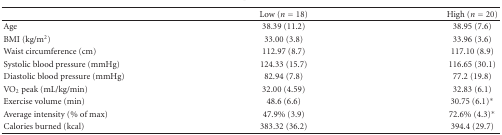
<table><thead><tr><td></td><td><b>Low (<i>n</i> = 18)</b></td><td><b>High (<i>n</i> = 20)</b></td></tr></thead><tbody><tr><td>Age</td><td>38.39 (11.2)</td><td>38.95 (7.6)</td></tr><tr><td>BMI (kg/m<sup>2</sup>)</td><td>33.00 (3.8)</td><td>33.96 (3.6)</td></tr><tr><td>Waist circumference (cm)</td><td>112.97 (8.7)</td><td>117.10 (8.9)</td></tr><tr><td>Systolic blood pressure (mmHg)</td><td>124.33 (15.7)</td><td>116.65 (30.1)</td></tr><tr><td>Diastolic blood pressure (mmHg)</td><td>82.94 (7.8)</td><td>77.2 (19.8)</td></tr><tr><td>VO<sub>2</sub> peak (mL/kg/min)</td><td>32.00 (4.59)</td><td>32.83 (6.1)</td></tr><tr><td>Exercise volume (min)</td><td>48.6 (6.6)</td><td>30.75 (6.1)*</td></tr><tr><td>Average intensity (% of max)</td><td>47.9% (3.9)</td><td>72.6% (4.3)*</td></tr><tr><td>Calories burned (kcal)</td><td>383.32 (36.2)</td><td>394.4 (29.7)</td></tr></tbody></table>